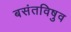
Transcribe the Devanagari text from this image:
बसंतविषुव